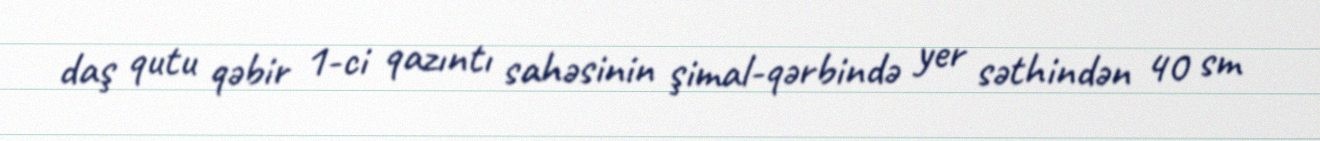
daş qutu qəbir 1-ci qazıntı sahəsinin şimal-qərbində yer səthindən 40 sm